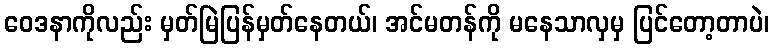
ဝေဒနာကိုလည်း မှတ်မြဲပြန်မှတ်နေတယ်၊ အင်မတန်ကို မနေသာလှမှ ပြင်တော့တာပဲ၊